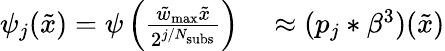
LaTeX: \begin{array}{rl}{\psi_{j}(\tilde{x})=\psi\left(\frac{\tilde{w}_{\mathrm{max}}\tilde{x}}{2^{j/N_{\mathrm{subs}}}}\right)}&{{}\approx(p_{j}*\beta^{3})(\tilde{x})}\end{array}